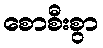
စောစီးစွာ